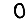
Digit: 0